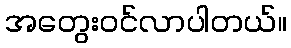
အတွေးဝင်လာပါတယ်။